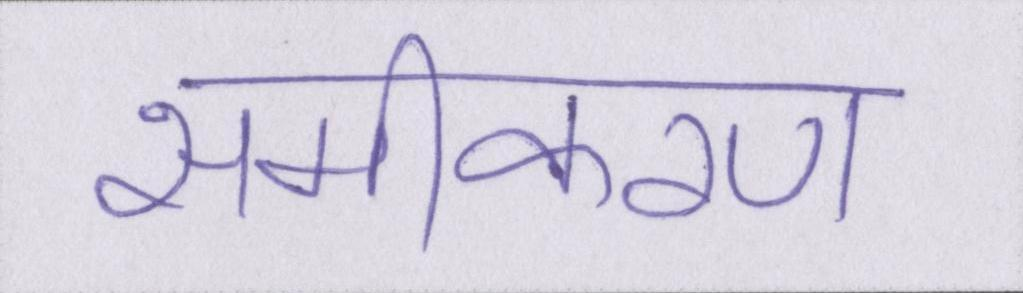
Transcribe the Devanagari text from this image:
समीकरण